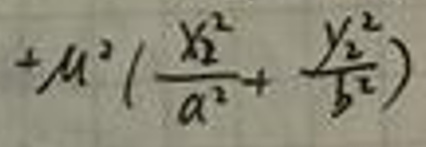
\(\mu ^ { 2 } ( \frac { x _ { 1 } ^ { 2 } } { a ^ { 2 } } + \frac { y _ { 1 } ^ { 2 } } { b ^ { 2 } } )\)